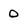
Character: 0